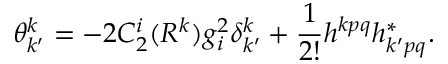
\theta _ { k ^ { \prime } } ^ { k } = - 2 C _ { 2 } ^ { i } ( R ^ { k } ) g _ { i } ^ { 2 } \delta _ { k ^ { \prime } } ^ { k } + \frac { 1 } { 2 ! } h ^ { k p q } h _ { k ^ { \prime } p q } ^ { \ast } .